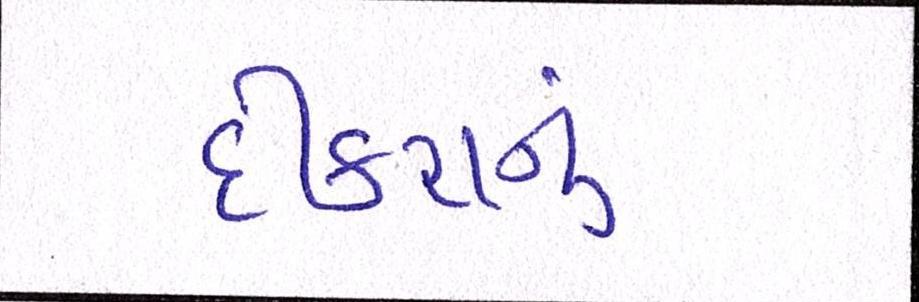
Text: દીકરાનું